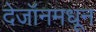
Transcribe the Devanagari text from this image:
देजॉनमधून